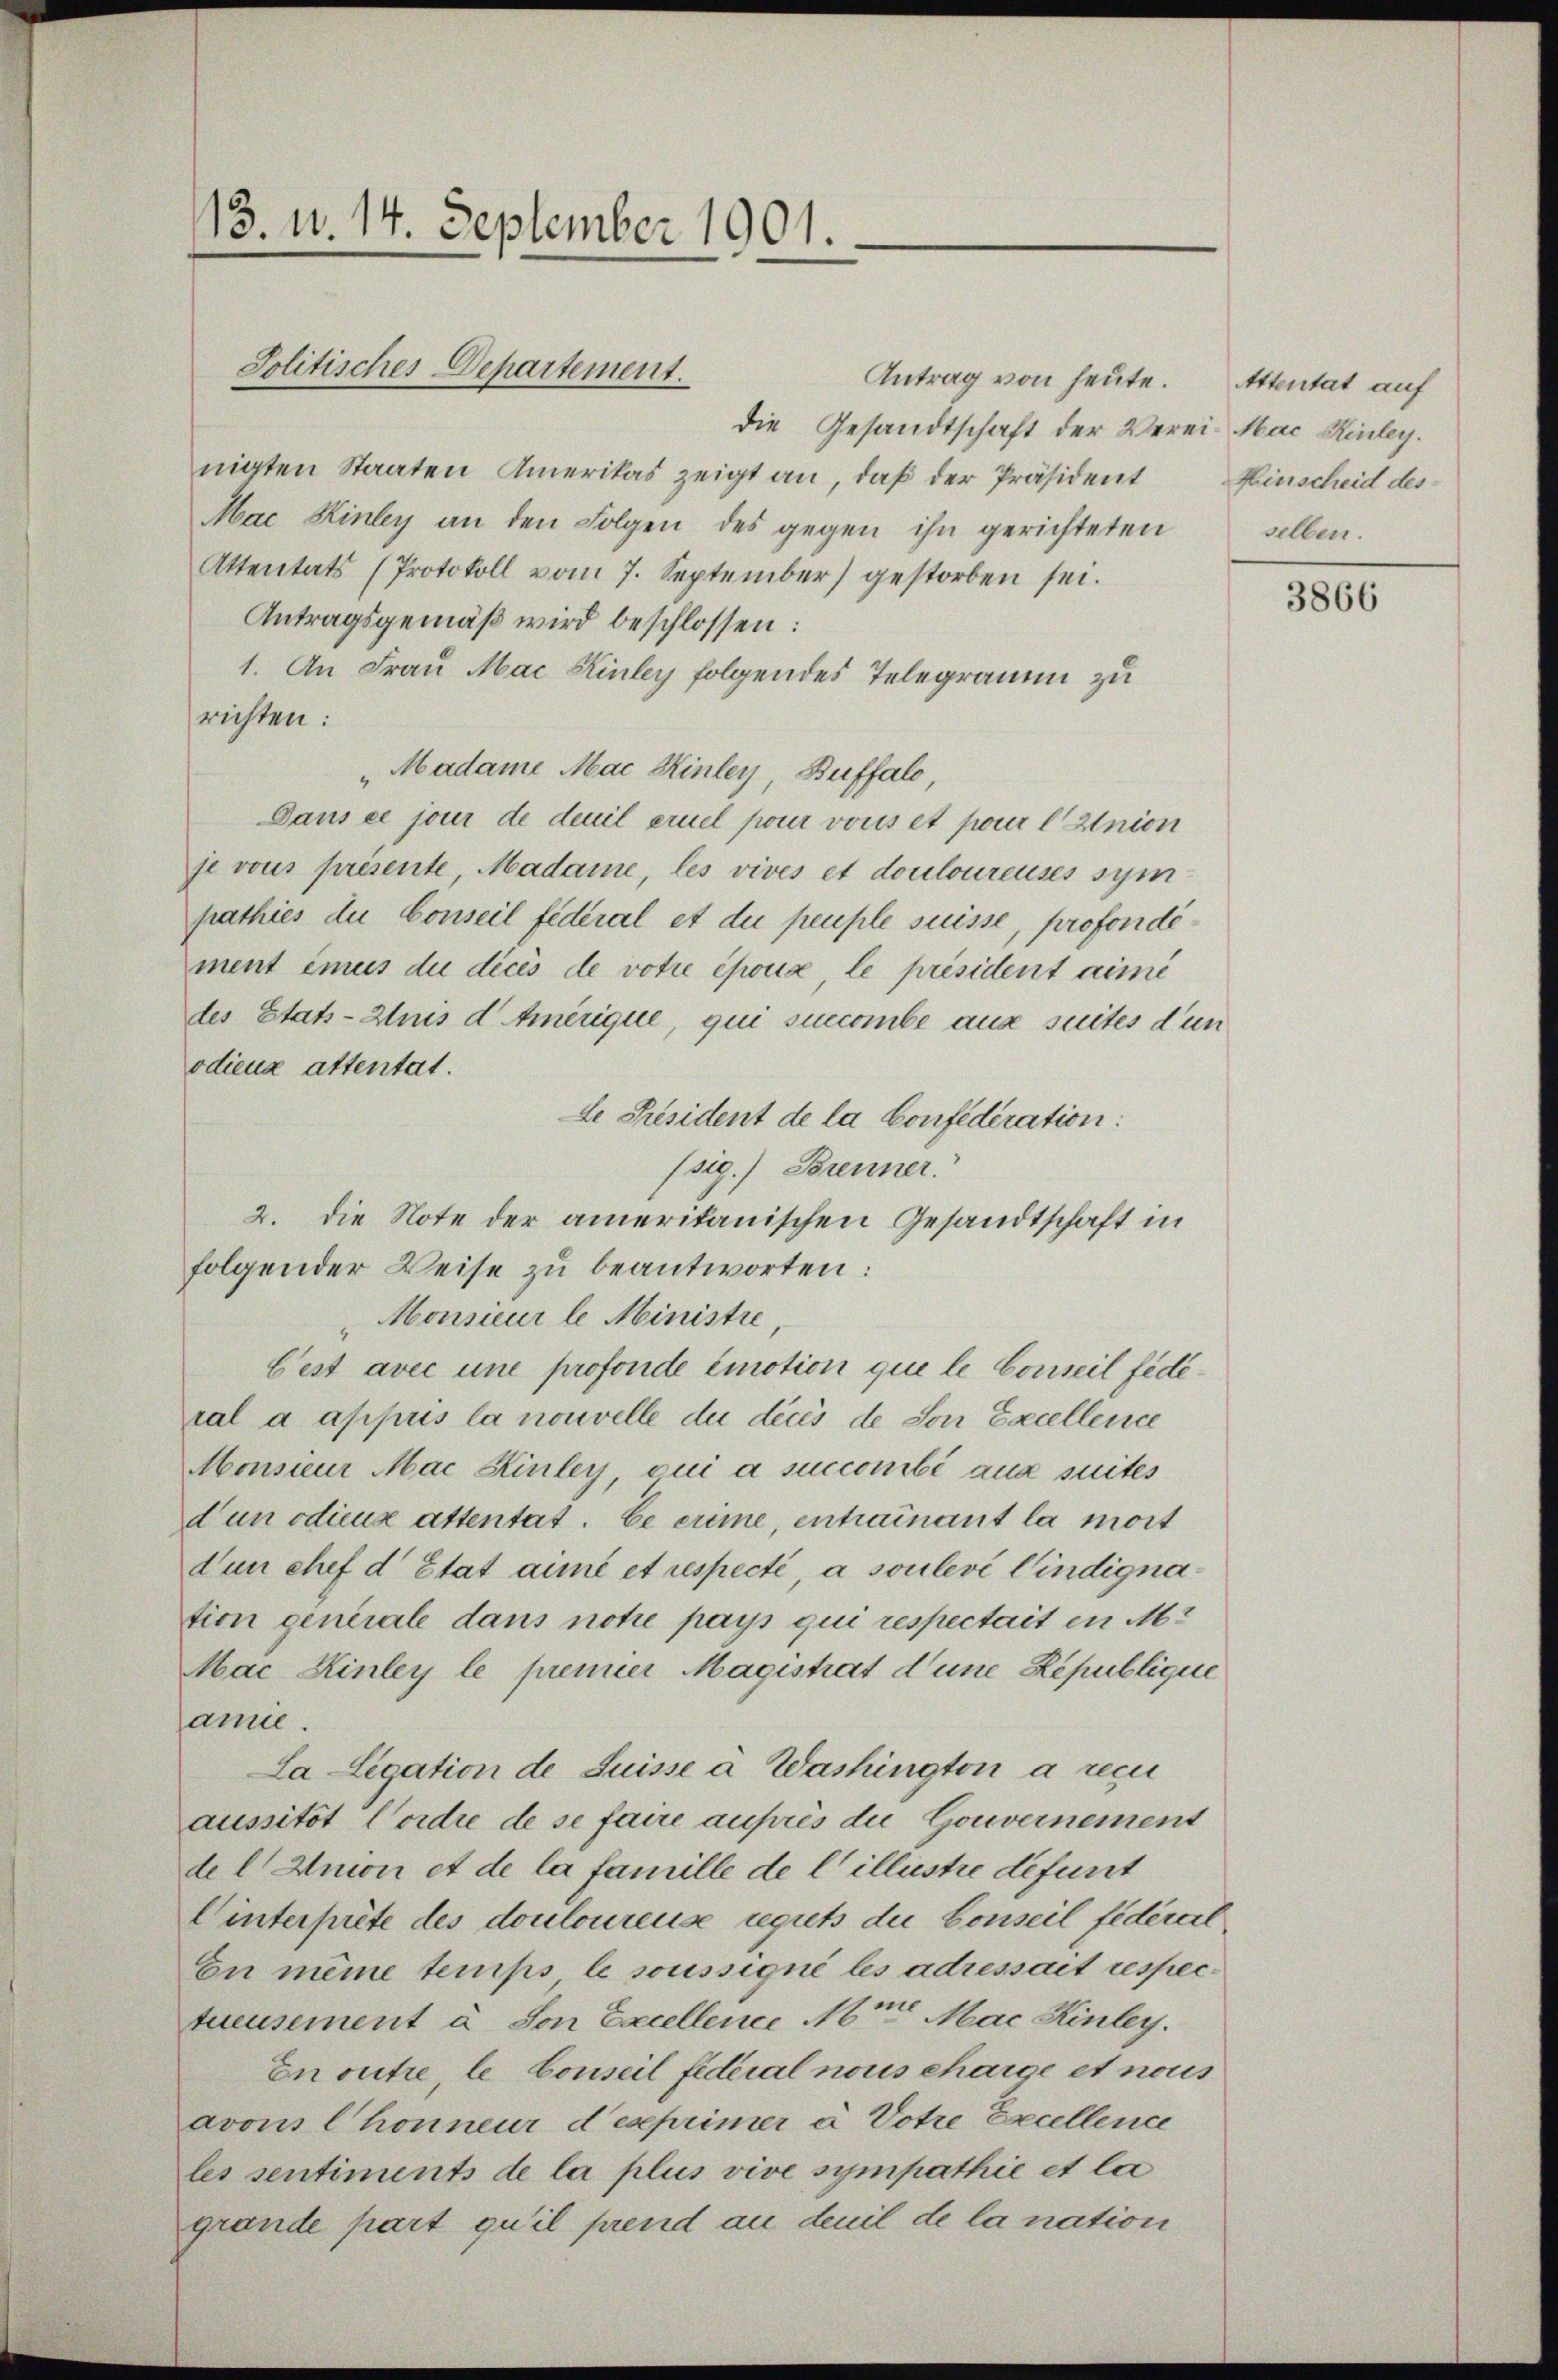
13. v. 14. September 1901.

Jolitisches Departement.

die Gesandtschaft der Verei-Mac Hinley.
nigten Staaten Amerikas zeigt an, daß der Präsident Hinscheid des¬
Mac Hinbey an den Folgen des gegen ihn gerichteten
Attentats (Protokoll vom 7. September) gestorben sei.
Antragsgemäß wird beschlossen:
1. An Frau Mai Kinley folgendes Telegramm zu
richten:
"Madame Mai Kinley, Buffalo,
Dans ce jour de deuil ernel pour vons et pour l Union
je vous présente, Madame, les vives et douloureuses sympathies du Conseil fédéral et du peuple suisse, profondément imus die dices de votie époux, le président aine
des Stats-Anis d Amerique, qui succombe aus suites d’un
odiena attentat.
Le Président de la Confederation:
(sig.) Brenner
2. die Note der amerikanischen Gesandtschaft in
folgender Weise zu beantworten:
Monsieur le Ministre
Eest avec une profonde emotion que le Conseil féderal a appris la nouvelle du décès de Son Excellence
Monsieur Mac Hinter, oui a succombé aux suites
dun odiens attentat. Ce crime, entrainant la mort
dun chef d Etat anne et respecté, a soulevi findignation generale dans notie pays qui respectait en M.
Mac Kinley le premier Magistrat d’une Republique
amie.
La Legation de Suisse à Washington a recu
aussitôt Vordre de se faire auprès die Gouvernement
del Amon et de la famille de Cillistie defunt
Winterprete des douloureuse reguts die Conseil federal
En meine temps le soussigné les adressait respectueusement à son Excellence Mr. Mai Kinley.
En outre, le Conseil fideial nous charge et nous
avons Chonneur d’exprimer à Votre Excellence
les sentiments de la plus vive sympathie et la
grande part qu’il prend an deuil de la nation

Antrag von heute. Attentat auf

selben.

3866